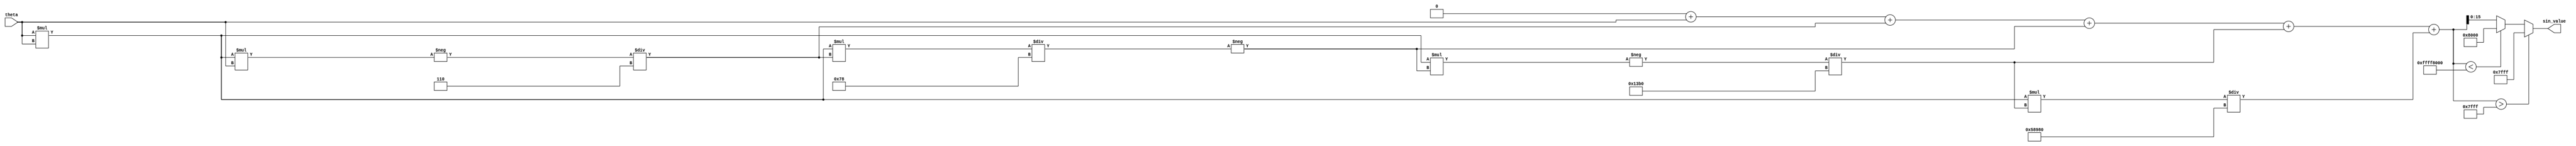
module sine_function (
    input  [15:0] theta,     // Input angle in radians (fixed-point, 16 bits)
    output reg [15:0] sin_value // Sine output (fixed-point, 16 bits)
);

    // Local parameters
    parameter NUM_TERMS = 5; // Number of Taylor series terms used for approximation

    // Internal signals
    reg [31:0] theta_squared; // theta^2 term
    reg [31:0] term;          // Current term in the series
    reg signed [31:0] sum;    // Running sum of terms
    integer i;

    // Function to compute the factorial
    function [31:0] factorial(input integer n);
        integer j;
        begin
            factorial = 1;
            for (j = 1; j <= n; j = j + 1) begin
                factorial = factorial * j;
            end
        end
    endfunction

    // Always block to compute sine value using Taylor series
    always @ (theta) begin
        sum = 0;
        theta_squared = theta * theta; // theta^2
        // Calculate sine using Taylor series: sin(theta) = theta - (theta^3/3!) + (theta^5/5!) - ...
        for (i = 0; i < NUM_TERMS; i = i + 1) begin
            if (i % 2 == 0) begin
                term = (i == 0) ? theta : (i % 4 == 0) ? ((theta_squared * term) / factorial(2 * i + 1)) : (-((theta_squared * term) / factorial(2 * i + 1)));
            end else begin
                term = - (theta_squared * term) / factorial(2 * i + 1);
            end
            sum = sum + term; // Accumulate the sum
        end
        
        // Clamping output between -1 and 1
        if (sum > 16'h7FFF) begin
            sin_value = 16'h7FFF; // Max positive value
        end else if (sum < -16'h8000) begin
            sin_value = -16'h8000; // Max negative value
        end else begin
            sin_value = sum[15:0]; // Output 16 bits
        end
    end

endmodule